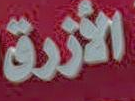
الأزرق